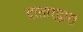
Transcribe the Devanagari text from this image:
दातारद्वारा